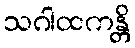
သဂါထကန္တိ